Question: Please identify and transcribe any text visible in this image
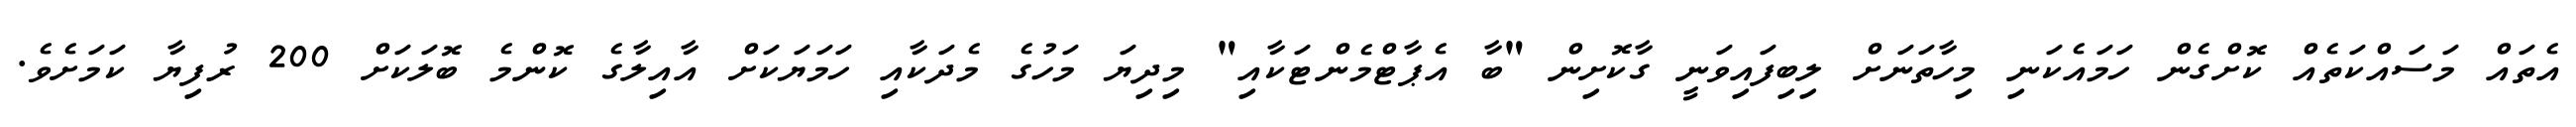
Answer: އެތައް މަސައްކަތެއް ކޮށްގެން ހަމައެކަނި މިހާތަނަށް ލިބިފައިވަނީ ގާކޮށިން "ބާ އެޕާޓްމެންޓަކާއި" މިދިޔަ މަހުގެ މެދަކާއި ހަމަޔަކަށް އާއިލާގެ ކޮންމެ ބޮލަކަށް 200 ރުފިޔާ ކަމަށެވެ.